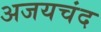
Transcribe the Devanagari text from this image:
अजयचंद